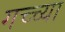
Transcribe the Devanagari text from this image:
गच्च्या